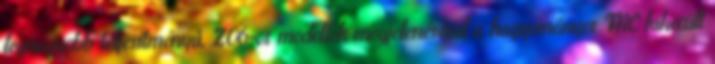
legnagyobb teljesítményű, Z06-os modellek megjelenésével a hagyományos FRC kikerült